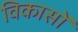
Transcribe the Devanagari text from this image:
विकासों